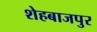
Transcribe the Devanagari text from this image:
शेहबाजपुर